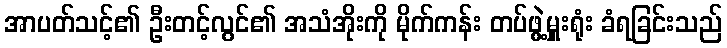
အာပတ်သင့်၏ ဦးတင့်လွင်၏ အသံအိုးကို မိုက်ကန်း တပ်ဖွဲ့မှူးရုံး ခံရခြင်းသည်